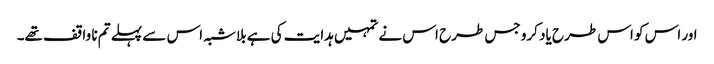
اور اس کو اس طرح یاد کرو جس طرح اس نے تمہیں ہدایت کی ہے بلاشبہ اس سے پہلے تم نا واقف تھے۔